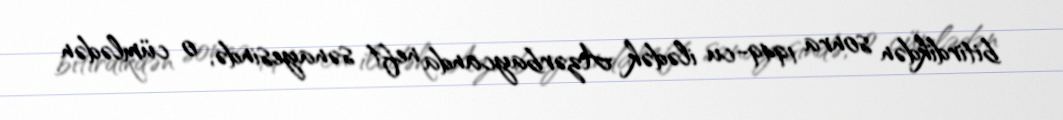
bitirdikdən sonra 1949-cu ilədək Azərbaycanda neft sənayesində, o cümlədən